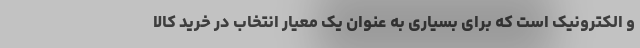
و الکترونیک است که برای بسیاری به عنوان یک معیار انتخاب در خرید کالا